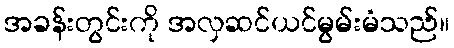
အခန်းတွင်းကို အလှဆင်ယင်မွမ်းမံသည်။